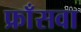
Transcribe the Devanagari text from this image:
फ्राँसवा